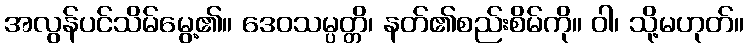
အလွန်ပင်သိမ်မွေ့၏။ ဒေဝသမ္ပတ္တိ၊ နတ်၏စည်းစိမ်ကို။ ဝါ၊ သို့မဟုတ်။